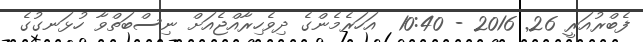
ފެބްރުއަރީ 26